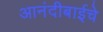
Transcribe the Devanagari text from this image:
आनंदीबाईचे